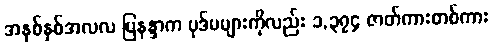
အနှစ်နှစ်အလလ မြနန္ဒာက ပုဒ်မများကိုလည်း ၁,၃၇၄ ဇာတ်ကားတစ်ကား